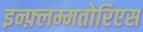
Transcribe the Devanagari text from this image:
इन्फ़्लम्मतोरिएस